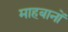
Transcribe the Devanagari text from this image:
माहबानों